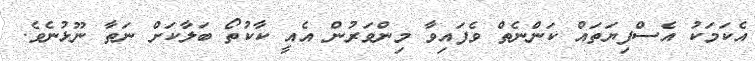
އެކަމަކު އެސްފިޔަތައް ކަންނެތް ވެފައިވާ މިންވަރުން އެއީ ކާކުތޯ ބަލާކަށް ނަތާ ނޫޅުނެވެ.